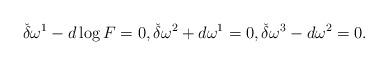
LaTeX: \begin{align*}\check{\delta} \omega^1 - d\log F = 0, \check{\delta}\omega^2 + d \omega^1 = 0, \check{\delta}\omega^3- d\omega^2 = 0.\end{align*}